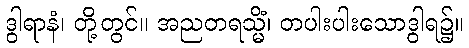
ဒွါရာနံ၊ တို့တွင်။ အညတရသ္မိံ၊ တပါးပါးသောဒွါရ၌။